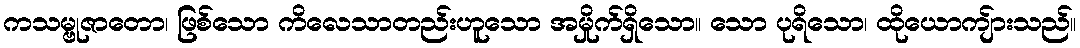
ကသမ္ဗုဇာတော၊ ဖြစ်သော ကိလေသာတည်းဟူသော အမှိုက်ရှိသော။ သော ပုရိသော၊ ထိုယောကျ်ားသည်။